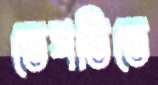
তেপতিতে